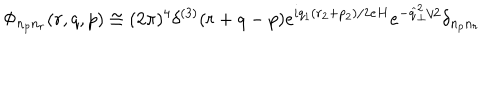
\Phi _ { n _ { p } n _ { r } } ( r , q , p ) \cong ( 2 \pi ) ^ { 4 } \delta ^ { ( 3 ) } ( r + q - p ) e ^ { i q _ { 1 } ( r _ { 2 } + p _ { 2 } ) / 2 e H } e ^ { - \widehat { q } _ { \perp } ^ { 2 } / 2 } \delta _ { n _ { p } n _ { r } }